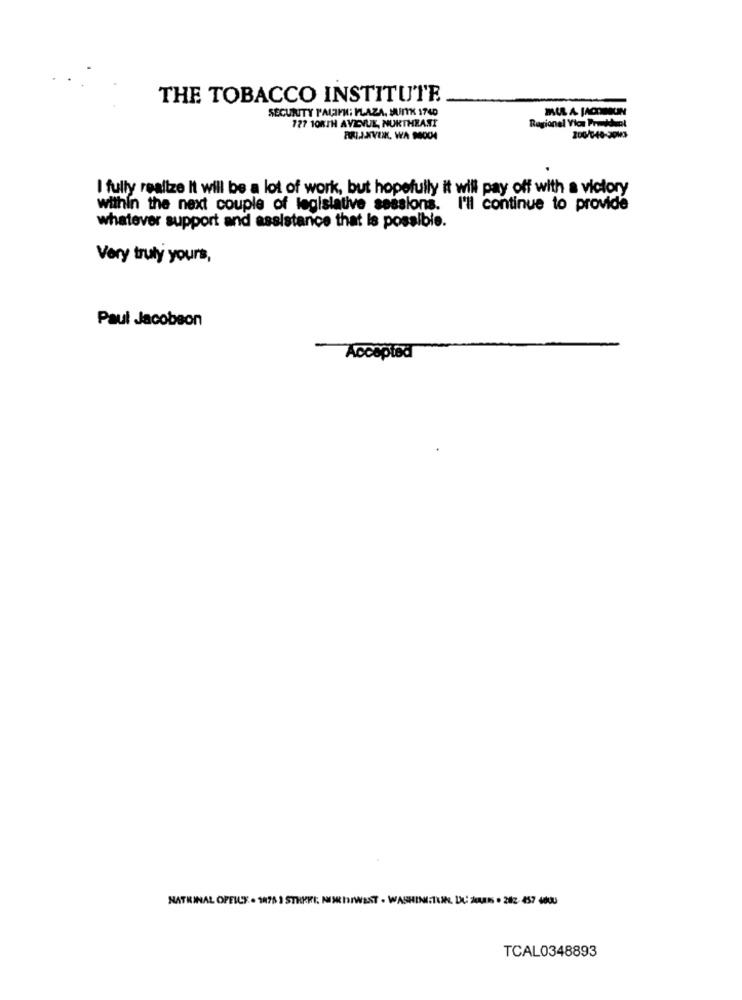
THE TOBACCO INSTITUTE
SECURITY PALAFI: PLAZA. MUIITK 1740
777 108TH AVENUE, NURTHEAST
Regional Yion Prouddual
I fully realize It will be a lot of work, but hopefully it will pay off with a victory
within the next couple of legislative sessions. I'll continue to provide
whatever support and assistance that is possible.
Very truly yours,
Paul Jacobson
Accepted
NATRINAL OFFICE . 1875 1 STRKKI: NUMRIIWENT - WASHIN:TUN, DU MAIS . 282- 457 4800
TCAL0348893